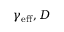
\gamma _ { \mathrm { e f f } } , D